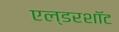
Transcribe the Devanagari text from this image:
एल्डरशॉट